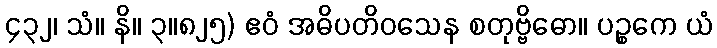
၄၃၂၊ သံ။ နိ။ ၃။၈၂၅) ဧဝံ အဓိပတိဝသေန စတုဗ္ဗိဓော။ ပဉ္စကေ ယံ